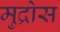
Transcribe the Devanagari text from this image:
मुद्रोस